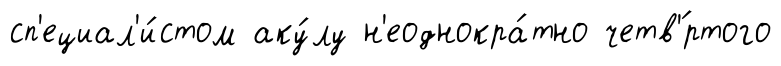
сп'ециал'и́стом аку́лу н'еоднокра́тно четв'́ртого